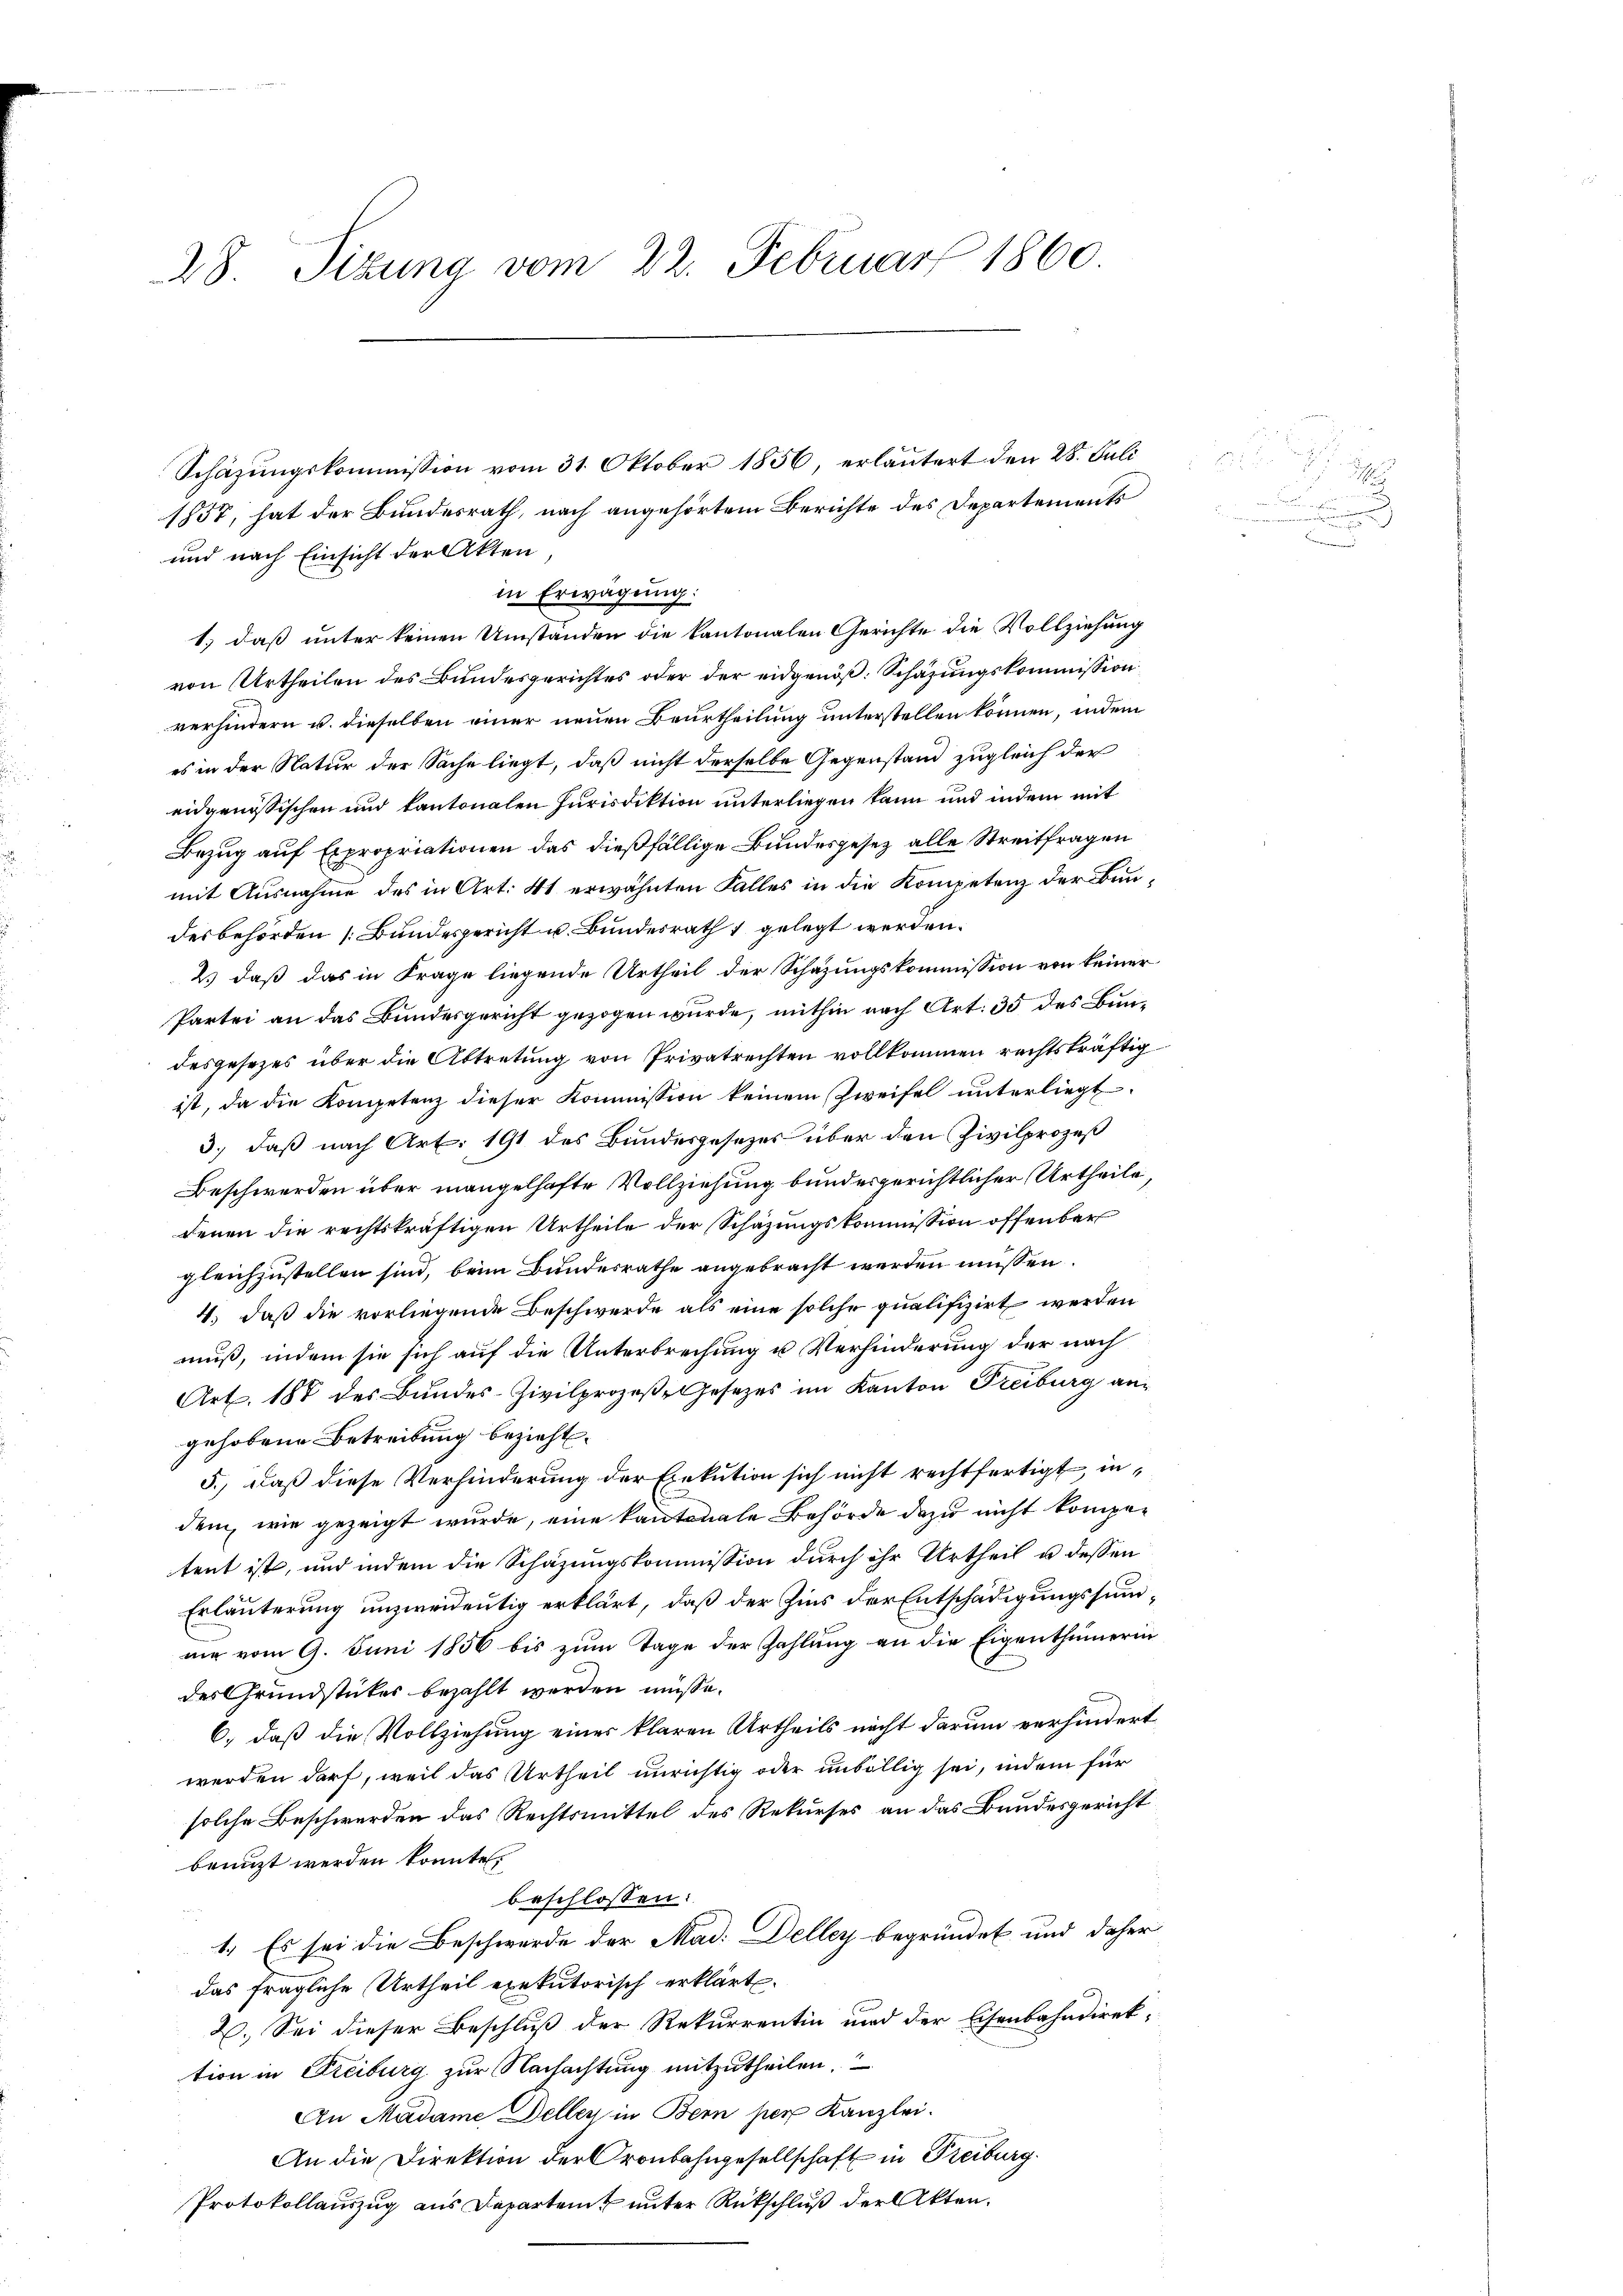
28. Sizung vom 22. Februar 1860

Schäzungskommission vom 31. Oktober 1856, erläutert den 28. Juli
1857, hat der Bundesrath, nach angehörtem Berichte des Departements
und nach Einsicht der Akten
in Erwägung:
1.) daß unter keinen Umständen die kantonalen Gerichte die Vollziehung
von Urtheilen des Bundesgerichtes oder der eidgenöß: Schazungskommission
verhindern u. dieselben einer neuen Beurtheilung unterstellen können, indem
es in der Natur der Sache liegt, daß nicht derselbe Gegenstand zugleich der
eidgenössischen und kantonalen Jurisdiktion unterliegen kann und indem mit
Bezug auf Expropriationen das dießfällige Bundesgesez alle Streitfragen
mit Ausnahme des in Art. 41 erwähnten Falles in die Kompetenz der Bundesbehörden [Bundesgericht u. Bundesrath 1 gelegt werden.
2.) daß das in Frage liegende Urtheil der Schazungskommission von keiner
Partei an das Bundesgericht gezogen wurde, mithin nach Art. 35 des Bundesgesezes über die Abtretung von Privatrechten vollkommen rechtskräftig
ist, da die Kompetenz dieser Kommission keinem Zweifel unterliegt
3.) daß nach Art. 191 des Bundesgesezes über den Zivilprozeß
Beschwerden über mangelhafte Vollziehung bundesgerichtlicher Urtheile,
denen die rechtskräftigen Urtheile der Schazungskommission offenbar
gleichzustellen sind, beim Bundesrathe angebracht werden müssen.
4.) daß die vorliegende Beschwerde als eine solche qualifizirt werden
muß, indem sie sich auf die Unterbrechung u Verhinderung der nach
Art. 188 des Bundes-Zivilprozeß-Gesetzes im Kanton Freiburg angehobene Betreibung bezieht.
5.) Daß diese Verhinderung der Exekution sich nicht rechtfertigt, indem, wie gezeigt wurde, eine kantonale Behörde dazu nicht kompetent ist, und indem die Schazungskommission durch ihr Urtheil u. dessen
Erläuterung unzweideutig erklärt, daß der Zins der Entschädigungssumnie vom 9. Juni 1856 bis zum Tage der Zahlung an die Eigenthümerin
des Grundstückes bezahlt werden müsse.
6.) daß die Vollziehung einer klaren Urtheils nicht darum verhindert
werden darf, weil das Urtheil unrichtig oder unbillig sei, indem für
solche Beschwerden das Rechtsmittel des Rekurses an das Bundesgericht
benuzt werden konnte,
beschlossen:
1. Es sei die Beschwerde der Mad: Delley begründet und daher
das fragliche Urtheil exekutorisch erklärt.
2. Sei dieser Beschluß der Rekurrentin und der Eisenbahndirek-
tion in Freiburg zur Nachachtung mitzutheilen.
An Madame Dellen in Bern per Kanzlei.
An die Direktion der Cronbahngesellschaft in Freiburg.
Protokollauszug aus Departent unter Rückschluß der Akten.

.
c